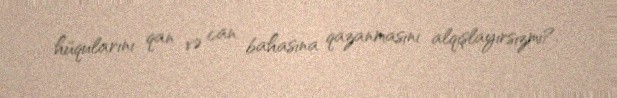
hüqularını qan və can bahasına qazanmasını alqışlayırsızmı?.